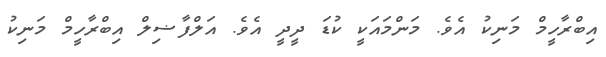
އިބްރާހީމް މަނިކު އެވެ. މަންމައަކީ ކުޑަ ދީދީ އެވެ. އަލްފާޟިލް އިބްރާހީމް މަނިކު